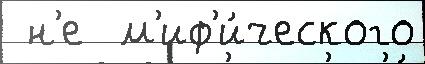
 н'е  м'иф'и́ческого